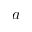
a